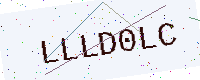
Text: LLLD0LC